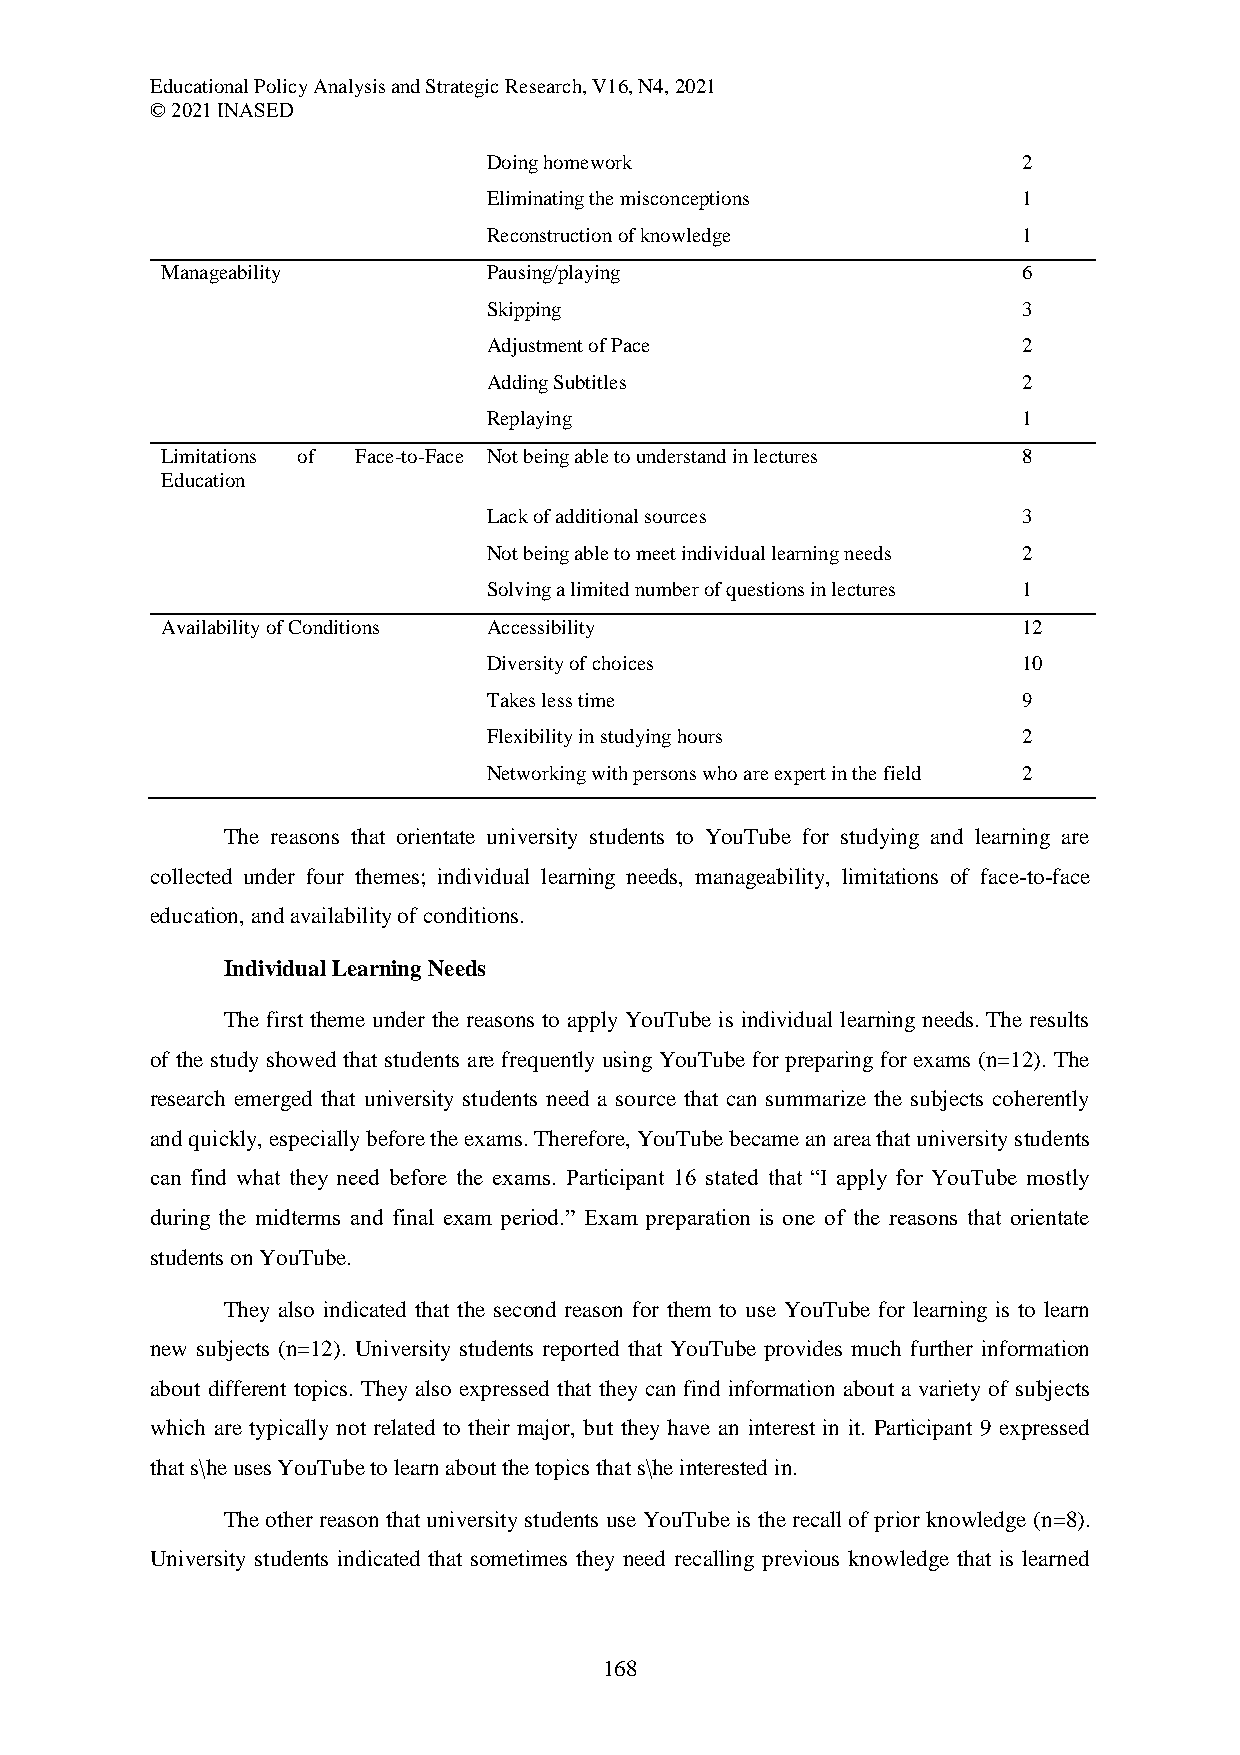
Educational Policy Analysis and Strategic Research, V16, N4, 2021
 © 2021 INASED
 Doing homework                      2
 Eliminating the misconceptions      1
 Reconstruction of knowledge         1
 Manageability        Pausing/playing                     6
 Skipping                            3
 Adjustment of Pace                  2
 Adding Subtitles                    2
 Replaying                           1
 Limitations of Face-to-Face Not being able to understand in lectures 8
 Education
 Lack of additional sources          3
 Not being able to meet individual learning needs 2
 Solving a limited number of questions in lectures 1
 Availability of Conditions Accessibility                 12
 Diversity of choices                10
 Takes less time                     9
 Flexibility in studying hours       2
 Networking with persons who are expert in the field 2
 The reasons that orientate university students to YouTube for studying and learning are
 collected under four themes; individual learning needs, manageability, limitations of face-to-face
 education, and availability of conditions.
 Individual Learning Needs
 The first theme under the reasons to apply YouTube is individual learning needs. The results
 of the study showed that students are frequently using YouTube for preparing for exams (n=12). The
 research emerged that university students need a source that can summarize the subjects coherently
 and quickly, especially before the exams. Therefore, YouTube became an area that university students
 can find what they need before the exams. Participant 16 stated that “I apply for YouTube mostly
 during the midterms and final exam period.” Exam preparation is one of the reasons that orientate
 students on YouTube.
 They also indicated that the second reason for them to use YouTube for learning is to learn
 new subjects (n=12). University students reported that YouTube provides much further information
 about different topics. They also expressed that they can find information about a variety of subjects
 which are typically not related to their major, but they have an interest in it. Participant 9 expressed
 that s\he uses YouTube to learn about the topics that s\he interested in.
 The other reason that university students use YouTube is the recall of prior knowledge (n=8).
 University students indicated that sometimes they need recalling previous knowledge that is learned
 168